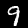
Label: 9